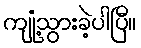
ကျုံ့သွားခဲ့ပါပြီ။